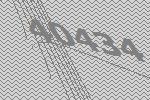
40434